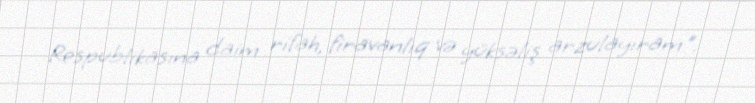
Respublikasına daim rifah, firavanlıq və yüksəliş arzulayıram".